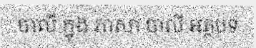
បាលី ក្នុង ភាសា បាលី អត្ថបទ